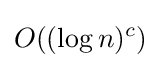
O((\log n)^{c})